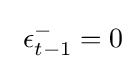
~\epsilon _{t-1}^{-}=0